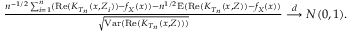
\begin{array} { r } { \frac { n ^ { - 1 / 2 } \sum _ { i = 1 } ^ { n } ( \mathrm { R e } ( K _ { T _ { n } } ( x , Z _ { i } ) ) - f _ { X } ( x ) ) - n ^ { 1 / 2 } \mathrm { E } ( \mathrm { R e } ( K _ { T _ { n } } ( x , Z ) ) - f _ { X } ( x ) ) } { \sqrt { \mathrm { V a r } ( \mathrm { R e } ( K _ { T _ { n } } ( x , Z ) ) ) } } \overset { d } { \longrightarrow } N ( 0 , 1 ) . } \end{array}